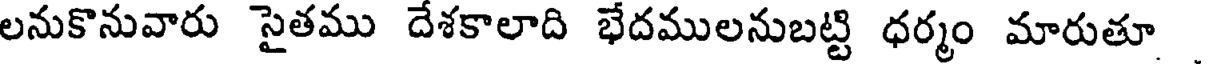
లనుకొనువారు సైతము దేశకాలాది భేదములనుబట్టి ధర్మం మారుతూ